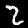
Digit: 2